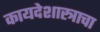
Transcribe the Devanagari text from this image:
कायदेशास्त्राचा